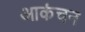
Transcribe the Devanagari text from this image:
आकंचन